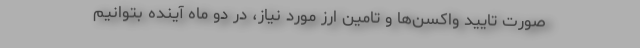
صورت تایید واکسن‌ها و تامین ارز مورد نیاز، در دو ماه آینده بتوانیم